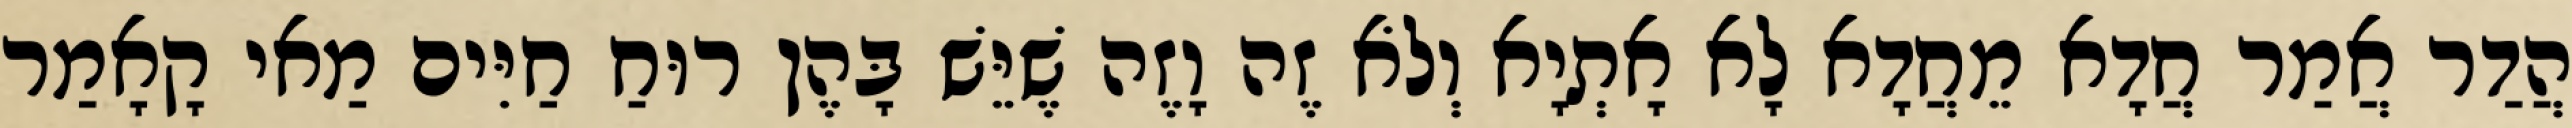
הֲדַר אֲמַר חֲדָא מֵחֲדָא לָא אָתְיָא וְלֹא זֶה וָזֶה שֶׁיֵּשׁ בָּהֶן רוּחַ חַיִּים מַאי קָאָמַר